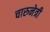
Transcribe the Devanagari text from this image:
चारुनेत्री